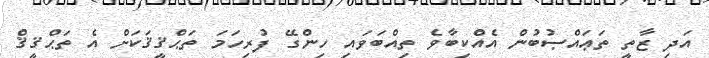
އަދި ޒާތީ ތަޢައްޞުބުން އެއްކިބާވެ ތިއްބަވައި ހިންގޭ ފުރިހަމަ ތަޙްޤީޤަކަށް އެ ތަޙްޤީޤް